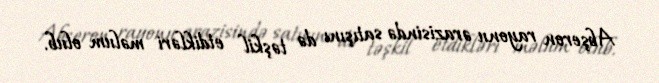
Abşeron rayonu ərazisində satışını də təşkil etdikləri məlum olub.